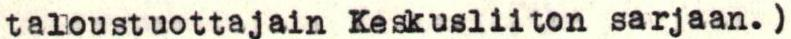
taloustuottajain Keskusliiton sarjaan.)